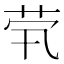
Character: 茕